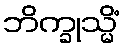
ဘိက္ခုသ္မိံ